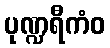
ပုဏ္ဍရီကံဝ